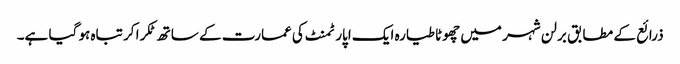
ذرائع کے مطابق برلن شہر میں چھوٹا طیارہ ایک اپارٹمنٹ کی عمارت کے ساتھ ٹکرا کر تباہ ہو گیا ہے۔